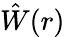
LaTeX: \hat{W}(r)